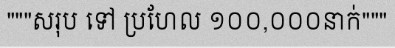
"""សរុប ទៅ ប្រហែល ១០០,០០០នាក់"""